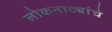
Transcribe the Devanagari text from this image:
लोकनाट्यांचे